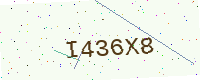
Text: I436X8